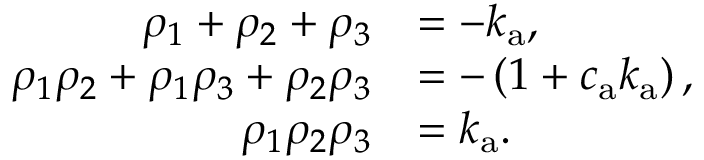
\begin{array} { r l } { \rho _ { 1 } + \rho _ { 2 } + \rho _ { 3 } } & { = - k _ { \mathrm { a } } , } \\ { \rho _ { 1 } \rho _ { 2 } + \rho _ { 1 } \rho _ { 3 } + \rho _ { 2 } \rho _ { 3 } } & { = - \left( 1 + c _ { \mathrm { a } } k _ { \mathrm { a } } \right) , } \\ { \rho _ { 1 } \rho _ { 2 } \rho _ { 3 } } & { = k _ { \mathrm { a } } . } \end{array}